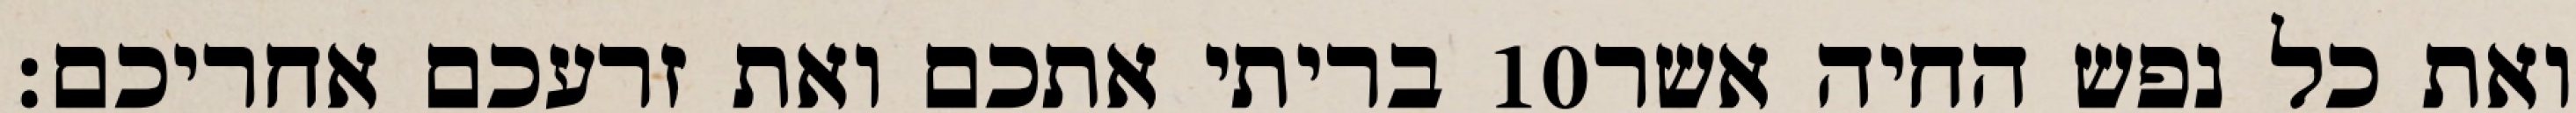
בריתי אתכם ואת זרעכם אחריכם׃ ‎10‏ ואת כל נפש החיה אשר